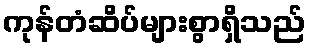
ကုန်တံဆိပ်များစွာရှိသည်